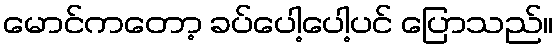
မောင်ကတော့ ခပ်ပေါ့ပေါ့ပင် ပြောသည်။